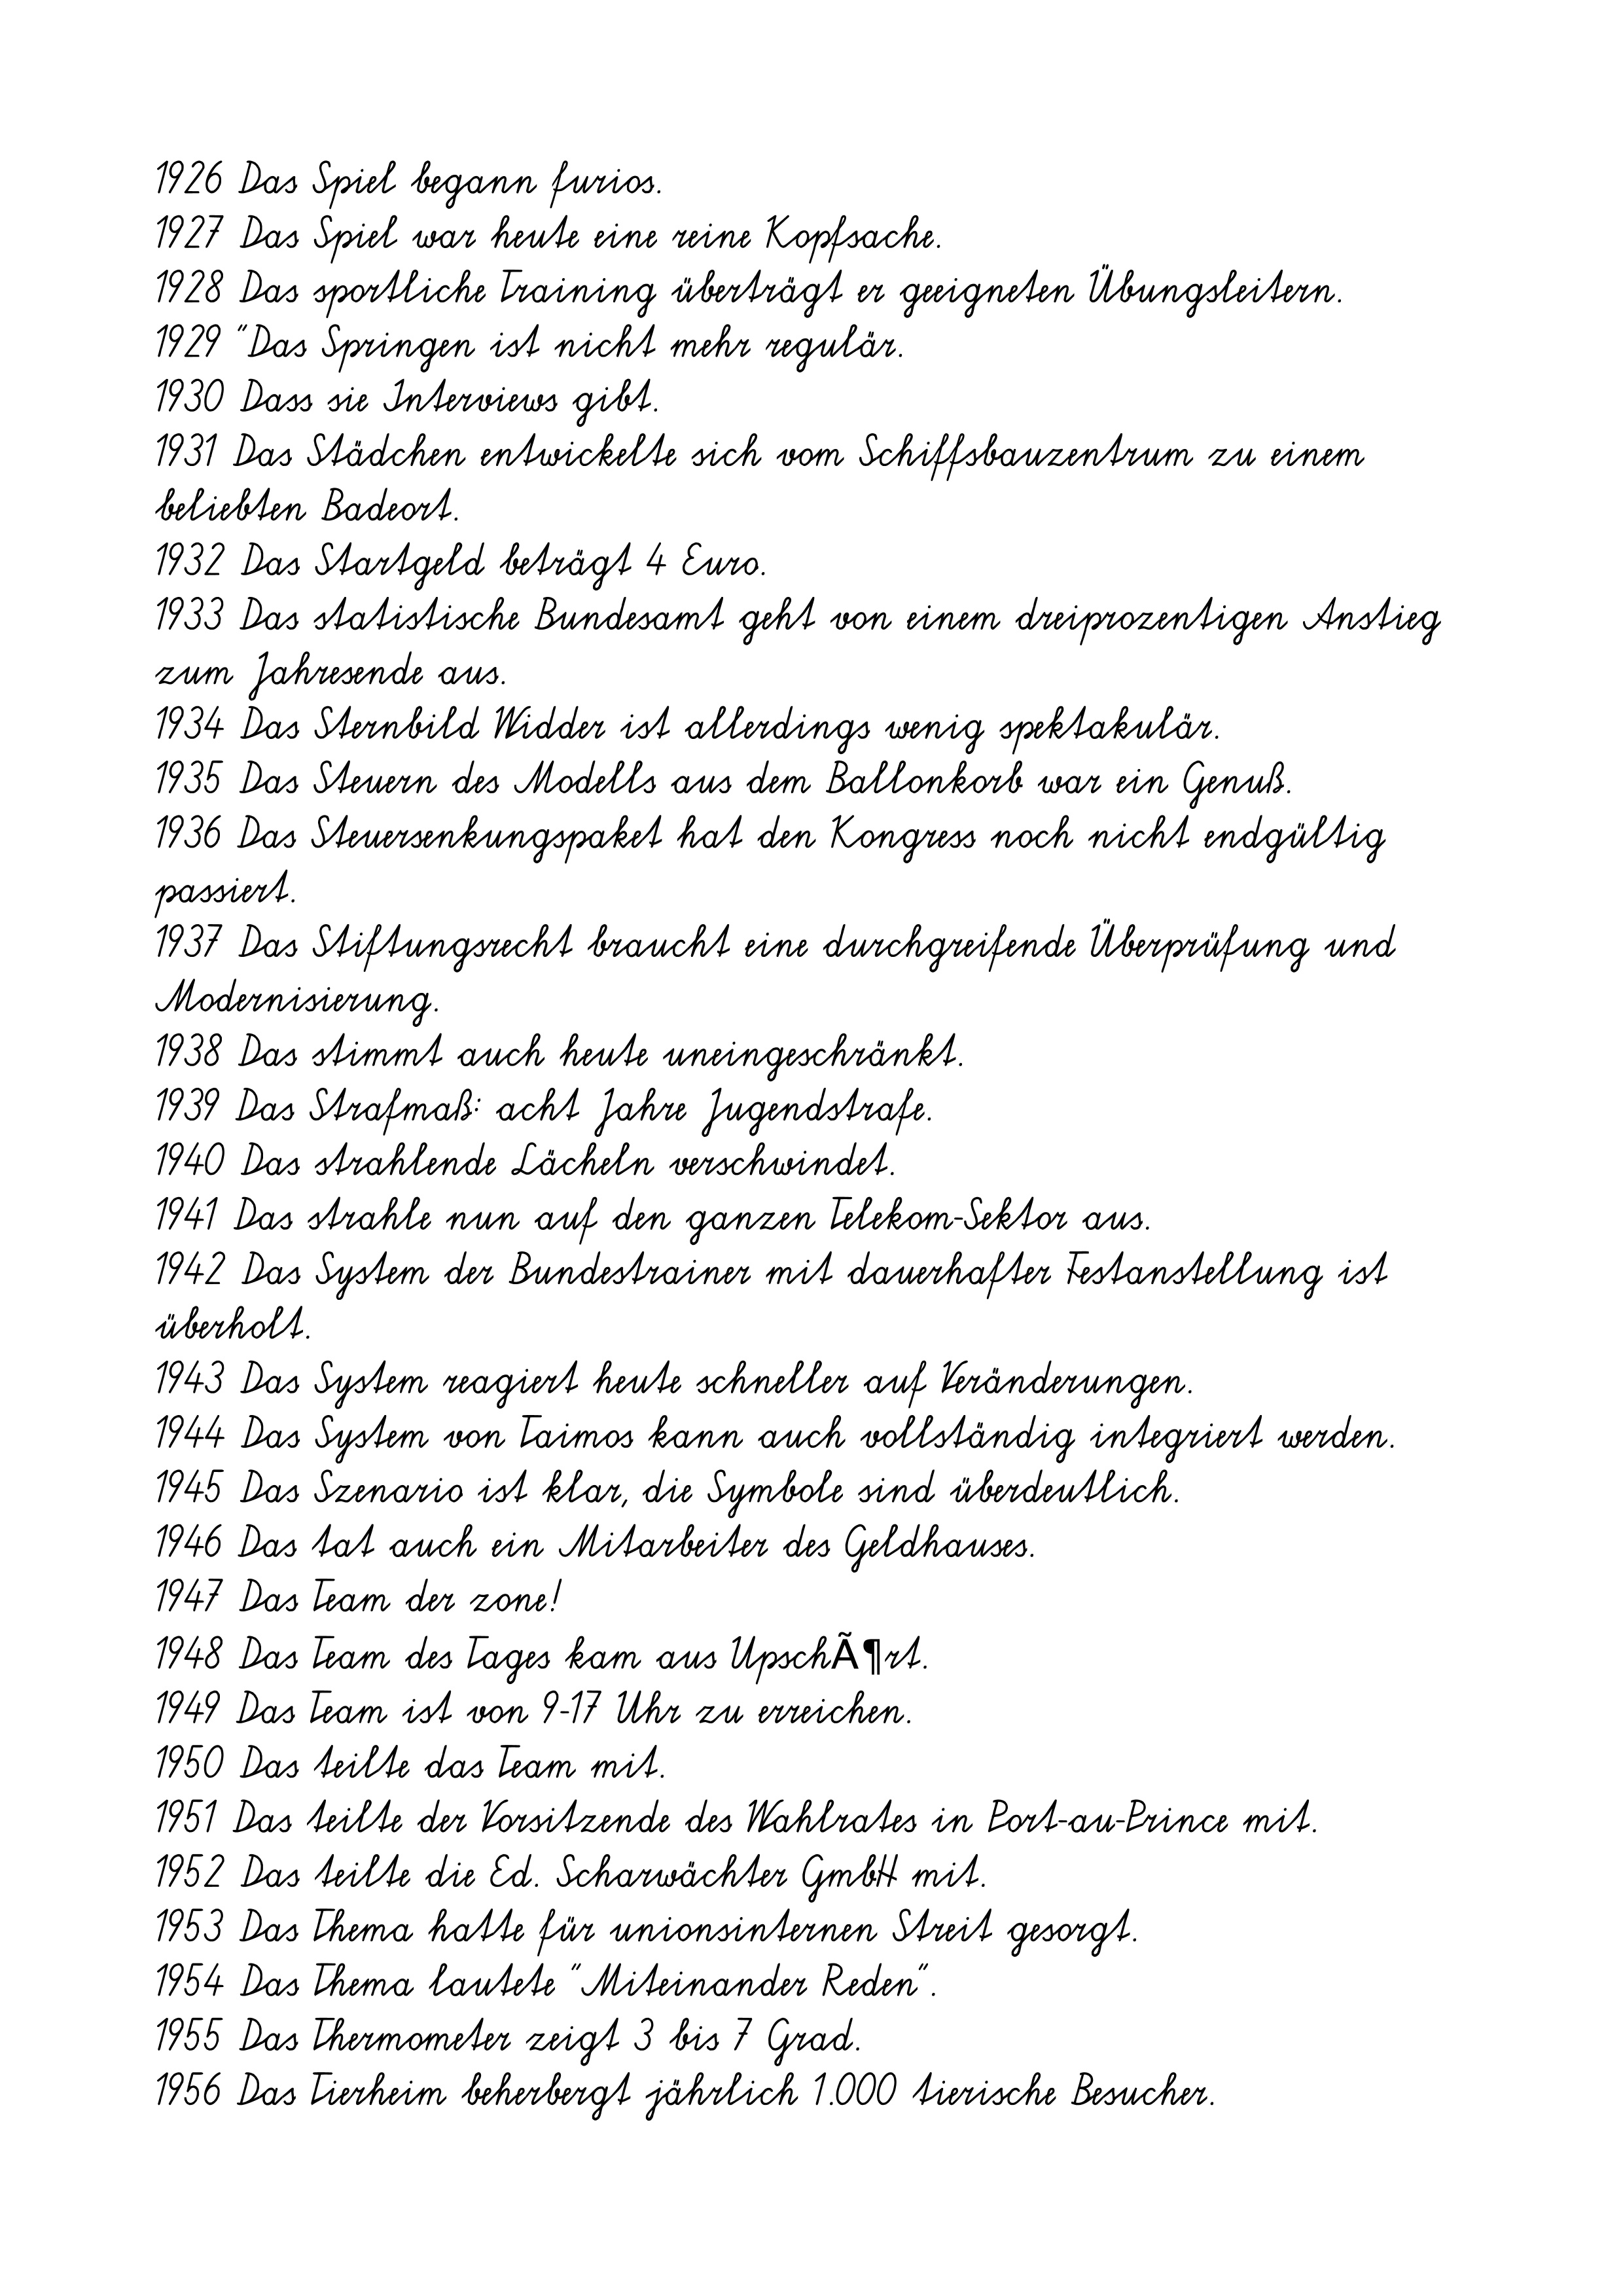
1926 Das Spiel begann furios.
1927 Das Spiel war heute eine reine Kopfsache.
1928 Das sportliche Training überträgt er geeigneten Übungsleitern.
1929 "Das Springen ist nicht mehr regulär.
1930 Dass sie Interviews gibt.
1931 Das Städchen entwickelte sich vom Schiffsbauzentrum zu einem
beliebten Badeort.
1932 Das Startgeld beträgt 4 Euro.
1933 Das statistische Bundesamt geht von einem dreiprozentigen Anstieg
zum Jahresende aus.
1934 Das Sternbild Widder ist allerdings wenig spektakulär.
1935 Das Steuern des Modells aus dem Ballonkorb war ein Genuß.
1936 Das Steuersenkungspaket hat den Kongress noch nicht endgültig
passiert.
1937 Das Stiftungsrecht braucht eine durchgreifende Überprüfung und
Modernisierung.
1938 Das stimmt auch heute uneingeschränkt.
1939 Das Strafmaß: acht Jahre Jugendstrafe.
1940 Das strahlende Lächeln verschwindet.
1941 Das strahle nun auf den ganzen Telekom-Sektor aus.
1942 Das System der Bundestrainer mit dauerhafter Festanstellung ist
überholt.
1943 Das System reagiert heute schneller auf Veränderungen.
1944 Das System von Taimos kann auch vollständig integriert werden.
1945 Das Szenario ist klar, die Symbole sind überdeutlich.
1946 Das tat auch ein Mitarbeiter des Geldhauses.
1947 Das Team der zone!
1948 Das Team des Tages kam aus UpschÃ¶rt.
1949 Das Team ist von 9-17 Uhr zu erreichen.
1950 Das teilte das Team mit.
1951 Das teilte der Vorsitzende des Wahlrates in Port-au-Prince mit.
1952 Das teilte die Ed. Scharwächter GmbH mit.
1953 Das Thema hatte für unionsinternen Streit gesorgt.
1954 Das Thema lautete "Miteinander Reden".
1955 Das Thermometer zeigt 3 bis 7 Grad.
1956 Das Tierheim beherbergt jährlich 1.000 tierische Besucher.